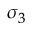
\sigma _ { 3 }